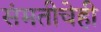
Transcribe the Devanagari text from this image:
संमतीचेही